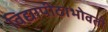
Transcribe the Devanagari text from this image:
विद्यापीठाभोवती